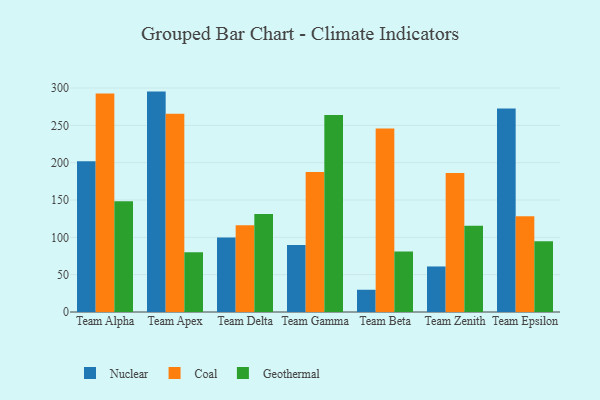
{"axis": {"x": "Team", "y": "Customer Acquisition Cost (USD)"}, "legend": ["Coal", "Geothermal", "Nuclear"], "data": [{"x": "Team Alpha", "y": 201.9, "type": "Nuclear"}, {"x": "Team Alpha", "y": 292.6, "type": "Coal"}, {"x": "Team Alpha", "y": 148.2, "type": "Geothermal"}, {"x": "Team Apex", "y": 295.2, "type": "Nuclear"}, {"x": "Team Apex", "y": 265.7, "type": "Coal"}, {"x": "Team Apex", "y": 80.1, "type": "Geothermal"}, {"x": "Team Delta", "y": 99.7, "type": "Nuclear"}, {"x": "Team Delta", "y": 116.1, "type": "Coal"}, {"x": "Team Delta", "y": 131.1, "type": "Geothermal"}, {"x": "Team Gamma", "y": 89.7, "type": "Nuclear"}, {"x": "Team Gamma", "y": 187.6, "type": "Coal"}, {"x": "Team Gamma", "y": 263.9, "type": "Geothermal"}, {"x": "Team Beta", "y": 29.8, "type": "Nuclear"}, {"x": "Team Beta", "y": 245.9, "type": "Coal"}, {"x": "Team Beta", "y": 81.0, "type": "Geothermal"}, {"x": "Team Zenith", "y": 61.0, "type": "Nuclear"}, {"x": "Team Zenith", "y": 186.2, "type": "Coal"}, {"x": "Team Zenith", "y": 115.4, "type": "Geothermal"}, {"x": "Team Epsilon", "y": 272.7, "type": "Nuclear"}, {"x": "Team Epsilon", "y": 128.2, "type": "Coal"}, {"x": "Team Epsilon", "y": 94.7, "type": "Geothermal"}]}